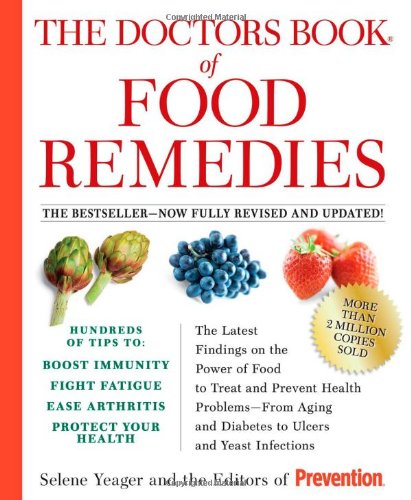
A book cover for The Doctors Book of Food Remedies: The Latest Findings on the Power of Food to Treat and Prevent Health Problems - From Aging and Diabetes to Ulcers and Yeast Infections; Selene Yeager; Health, Fitness & Dieting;